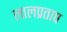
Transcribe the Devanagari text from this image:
लालप्रताप